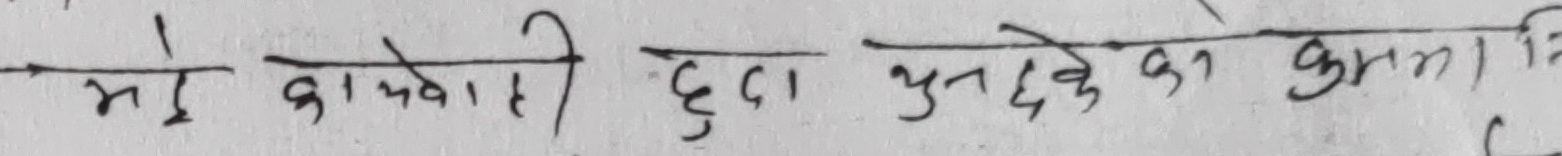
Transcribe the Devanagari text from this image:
मै कामवाली हुआ भुनदे के कामज